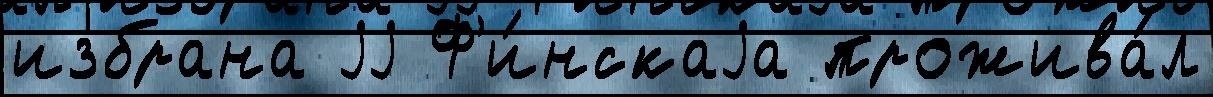
избрана jj Ф'и́нскаjа прожива́л